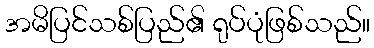
အမိပြင်သစ်ပြည်၏ ရုပ်ပုံဖြစ်သည်။